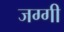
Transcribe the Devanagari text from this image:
जग्‍गी